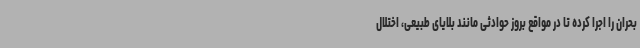
بحران را اجرا کرده تا در مواقع بروز حوادثی مانند بلایای طبیعی، اختلال